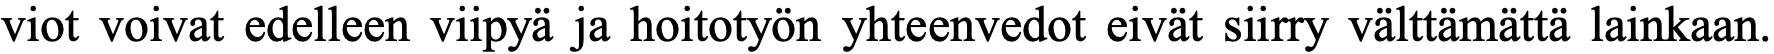
viot voivat edelleen viipyä ja hoitotyön yhteenvedot eivät siirry välttämättä lainkaan.